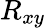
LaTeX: R_{xy}